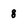
Character: g